Indian journal of veterinary science and animal husbandry - Volume 4,
Year: 1934
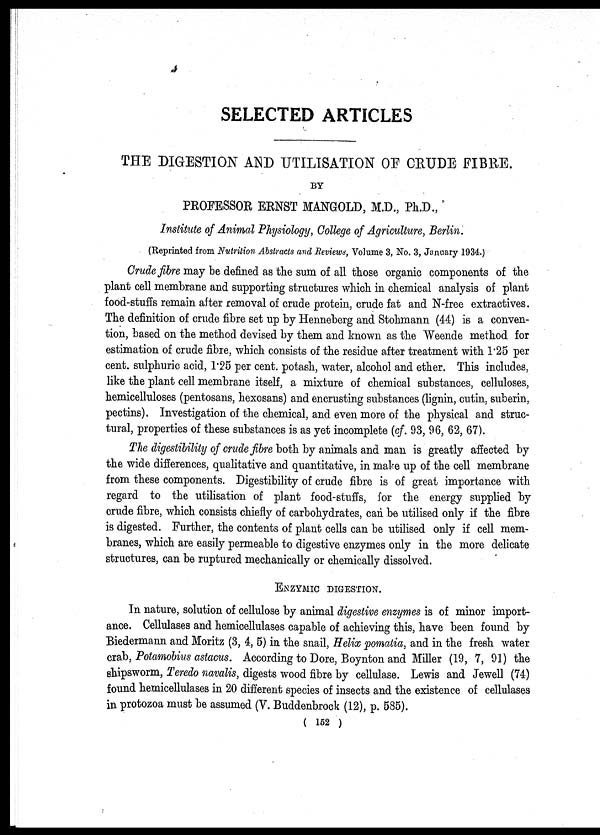
SELECTED ARTICLES
THE DIGESTION AND UTILISATION OF CRUDE FIBRE.
BY
PROFESSOR ERNST MANGOLD, M.D., Ph.D.,
Institute of Animal Physiology, College of Agriculture, Berlin.
(Reprinted from Nutrition Abstracts and Reviews, Volume 3, No. 3, January 1934.)
Crude fibre may be defined as the sum of all those organic components of the
plant cell membrane and supporting structures which in chemical analysis of plant
food-stuffs remain after removal of crude protein, crude fat and N-free extractives.
The definition of crude fibre set up by Henneberg and Stohmann (44) is a conven-
tion, based on the method devised by them and known as the Weende method for
estimation of crude fibre, which consists of the residue after treatment with 1.25 per
cent. sulphuric acid, 1.25 per cent. potash, water, alcohol and ether. This includes,
like the plant cell membrane itself, a mixture of chemical substances, celluloses,
hemicelluloses (pentosans, hexosans) and encrusting substances (lignin, cutin, suberin,
pectins). Investigation of the chemical, and even more of the physical and struc-
tural, properties of these substances is as yet incomplete (cf. 93, 96, 62, 67).
The digestibility of crude fibre both by animals and man is greatly affected by
the wide differences, qualitative and quantitative, in make up of the cell membrane
from these components. Digestibility of crude fibre is of great importance with
regard to the utilisation of plant food-stuffs, for the energy supplied by
crude fibre, which consists chiefly of carbohydrates, can be utilised only if the fibre
is digested. Further, the contents of plant cells can be utilised only if cell mem-
branes, which are easily permeable to digestive enzymes only in the more delicate
structures, can be ruptured mechanically or chemically dissolved.
ENZYMIC DIGESTION.
In nature, solution of cellulose by animal digestive enzymes is of minor import-
ance. Cellulases and hemicellulases capable of achieving this, have been found by
Biedermann and Moritz (3, 4, 5) in the snail, Helix pomatia, and in the fresh water
crab, Potamobius astacus. According to Dore, Boynton and Miller (19, 7, 91) the
shipsworm, Teredo navalis, digests wood fibre by cellulase. Lewis and Jewell (74)
found hemicellulases in 20 different species of insects and the existence of cellulases
in protozoa must be assumed (V. Buddenbrock (12), p. 585).
( 152 )